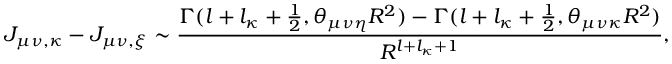
J _ { \mu \nu , \kappa } - J _ { \mu \nu , \xi } \sim \frac { \Gamma ( l + l _ { \kappa } + \frac { 1 } { 2 } , \theta _ { \mu \nu \eta } R ^ { 2 } ) - \Gamma ( l + l _ { \kappa } + \frac { 1 } { 2 } , \theta _ { \mu \nu \kappa } R ^ { 2 } ) } { R ^ { l + l _ { \kappa } + 1 } } ,